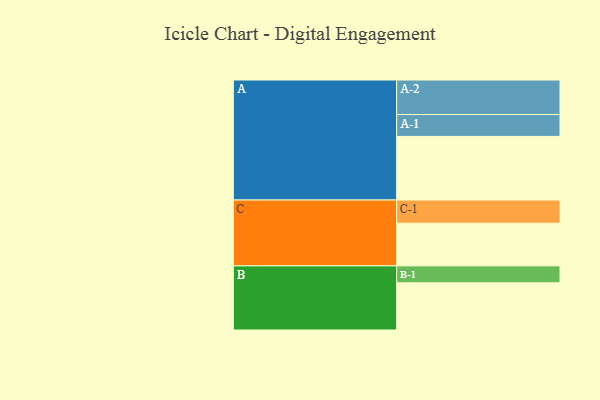
{"axis": {"x": "Segment", "y": "Value"}, "legend": ["", "A", "B", "C"], "data": [{"x": "A", "y": 461, "type": ""}, {"x": "B", "y": 342, "type": ""}, {"x": "C", "y": 309, "type": ""}, {"x": "A-1", "y": 159, "type": "A"}, {"x": "A-2", "y": 250, "type": "A"}, {"x": "B-1", "y": 123, "type": "B"}, {"x": "C-1", "y": 168, "type": "C"}]}